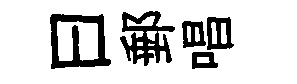
曰郵唱